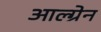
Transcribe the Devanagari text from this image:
आल्ग्रेन